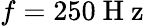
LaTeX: f=250\mathrm{~H~z~}